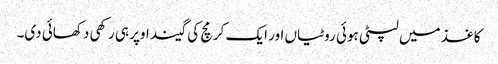
کاغذ میں لپٹی ہوئی روٹیاں اور ایک کرمچ کی گیند اوپر ہی رکھی دکھائی دی۔